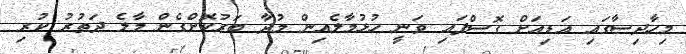
މިހާދިސާގައި އަޑިއަށް ގޮސްފައި ވަނީ ހުޅުމާލެއިން މުދާ ބަރުކޮށްގެން މާލެ ދަތުރު ކުރި